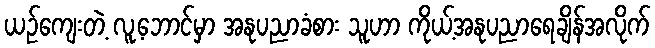
ယဉ်ကျေးတဲ့ လူ့ဘောင်မှာ အနုပညာခံစား သူဟာ ကိုယ့်အနုပညာရေချိန်အလိုက်